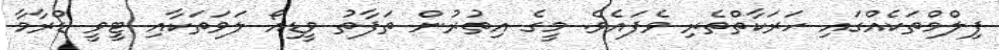
ފިލްމްތަކެއްގައި ހަރަކާތްތެރި ވެފައެވެ. މީގެ އިތުރުން ތަފާތު ވީޑިއޯ ލަވަތަކާއި ޓީވީ ޑްރާމާ